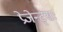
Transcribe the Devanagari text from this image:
प्रेजेन्ट्सः